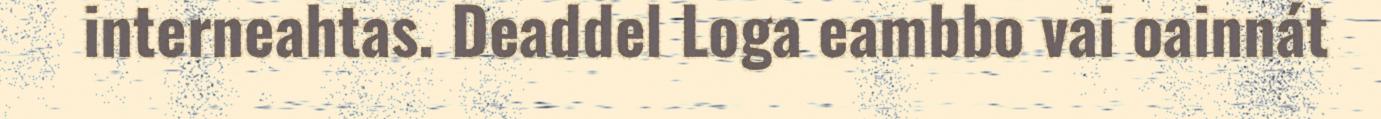
interneahtas. Deaddel Loga eambbo vai oainnát